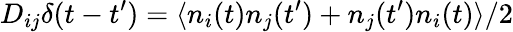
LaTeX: D_{ij}\delta(t-t^{\prime})=\langle n_{i}(t)n_{j}(t^{\prime})+n_{j}(t^{\prime})n_{i}(t)\rangle/2